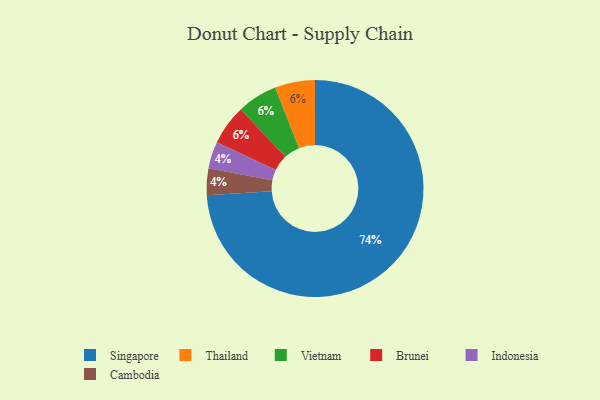
{"axis": {"x": "Category", "y": "Percentage"}, "legend": ["Brunei", "Cambodia", "Indonesia", "Singapore", "Thailand", "Vietnam"], "data": [{"x": "Indonesia", "y": 4, "type": "Indonesia"}, {"x": "Singapore", "y": 74, "type": "Singapore"}, {"x": "Thailand", "y": 6, "type": "Thailand"}, {"x": "Vietnam", "y": 6, "type": "Vietnam"}, {"x": "Cambodia", "y": 4, "type": "Cambodia"}, {"x": "Brunei", "y": 6, "type": "Brunei"}]}